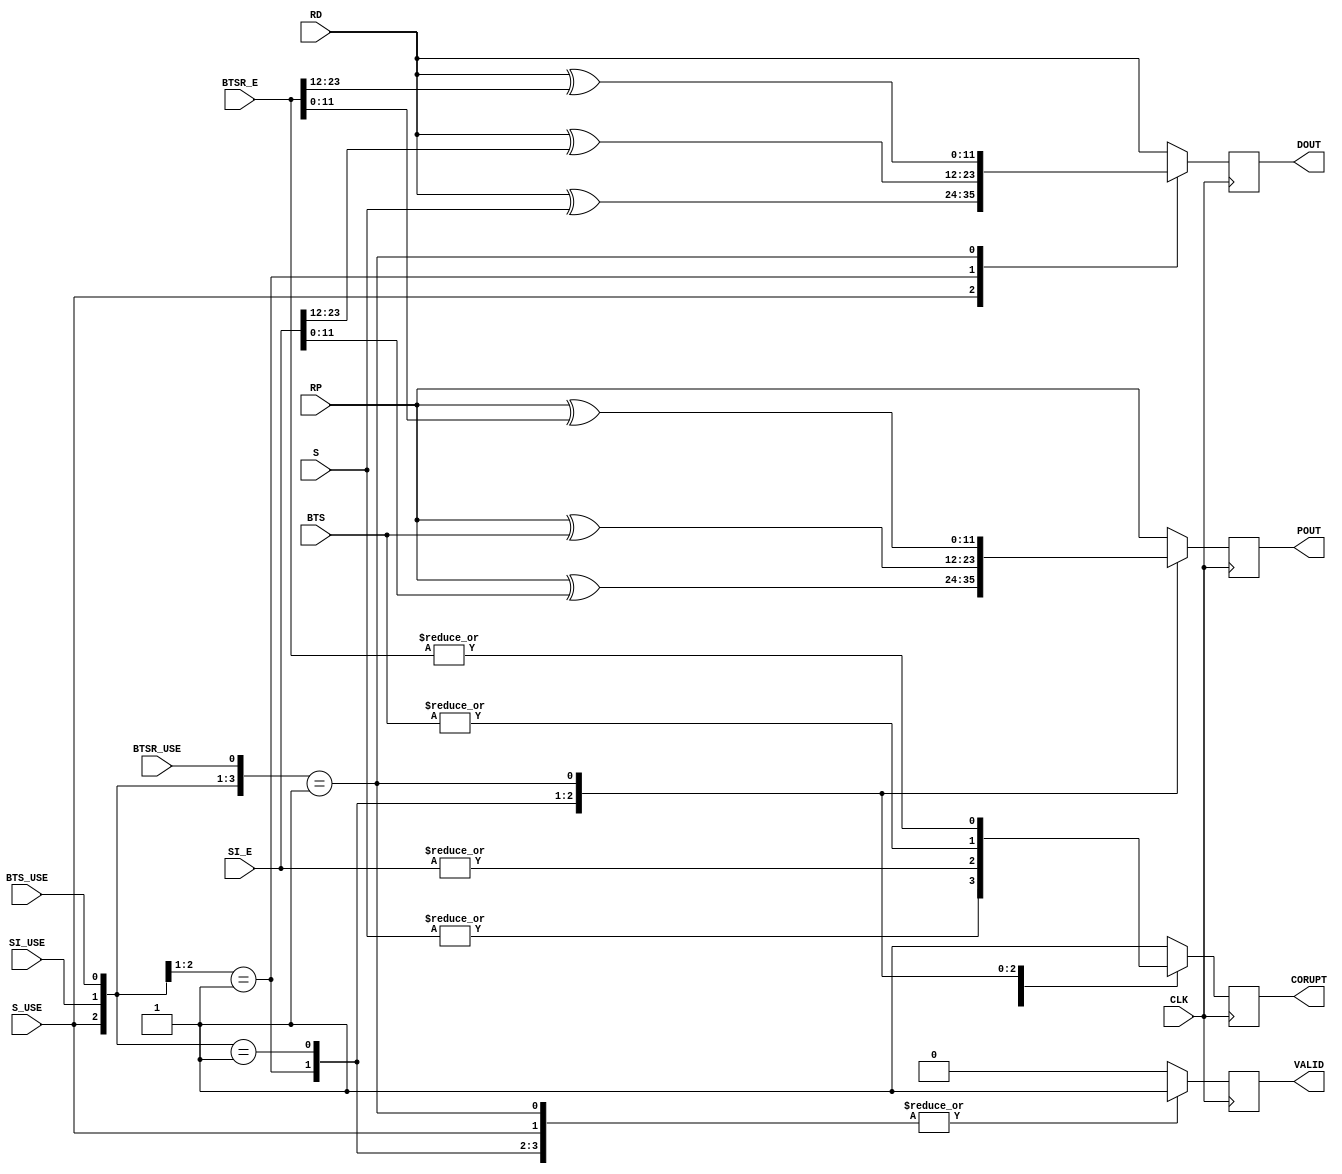
`timescale 1ns / 1ps

///////////////////////////////////////////////////////////////
//                                                           //
// Decode MUX                                                //
//                                                           //
///////////////////////////////////////////////////////////////

module decode_mux(
    input CLK,
    input S_USE,
    input SI_USE,
    input BTS_USE,
    input BTSR_USE,
    input [11:0] RD,
    input [11:0] RP,
    input [11:0] S,
    input [23:0] SI_E,
    input [11:0] BTS,
    input [23:0] BTSR_E,
    output reg [11:0] DOUT,
    output reg [11:0] POUT,
    output reg VALID,
    output reg CORUPT
);

always @(posedge CLK)
begin
   casex({S_USE,SI_USE,BTS_USE,BTSR_USE})
      4'b1xxx:
         begin
            DOUT <= RD^S;
            POUT <= RP;
            VALID <= 1;
            CORUPT <= |S;
         end
      4'b01xx:
         begin
            DOUT <= RD^SI_E[23:12];
            POUT <= RP^SI_E[11:0];
            VALID <= 1;
            CORUPT <= |SI_E;
         end
      4'b001x:
         begin
            DOUT <= RD;
            POUT <= RP^BTS;
            VALID <= 1;
            CORUPT <= |BTS;
         end
      4'b0001:
         begin
            DOUT <= RD^BTSR_E[23:12];
            POUT <= RP^BTSR_E[11:0];
            VALID <= 1;
            CORUPT <= |BTSR_E;
         end
      default:
         begin
            DOUT <= RD;
            POUT <= RP;
            VALID <= 0;
            CORUPT <= 1;
         end
   endcase
end

endmodule